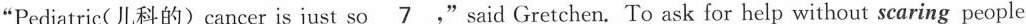
"Pediatric( 儿科的)cancer is just so \underline."said Gretchen. To ask for help without searing people